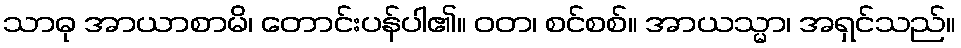
သာဓု အာယာစာမိ၊ တောင်းပန်ပါ၏။ ဝတ၊ စင်စစ်။ အာယသ္မာ၊ အရှင်သည်။